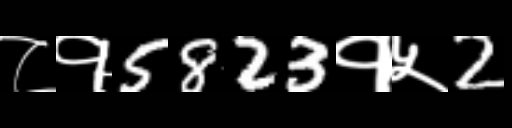
Text: ८१5823१५2